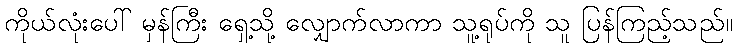
ကိုယ်လုံးပေါ် မှန်ကြီး ရှေ့သို့ လျှောက်လာကာ သူ့ရုပ်ကို သူ ပြန်ကြည့်သည်။